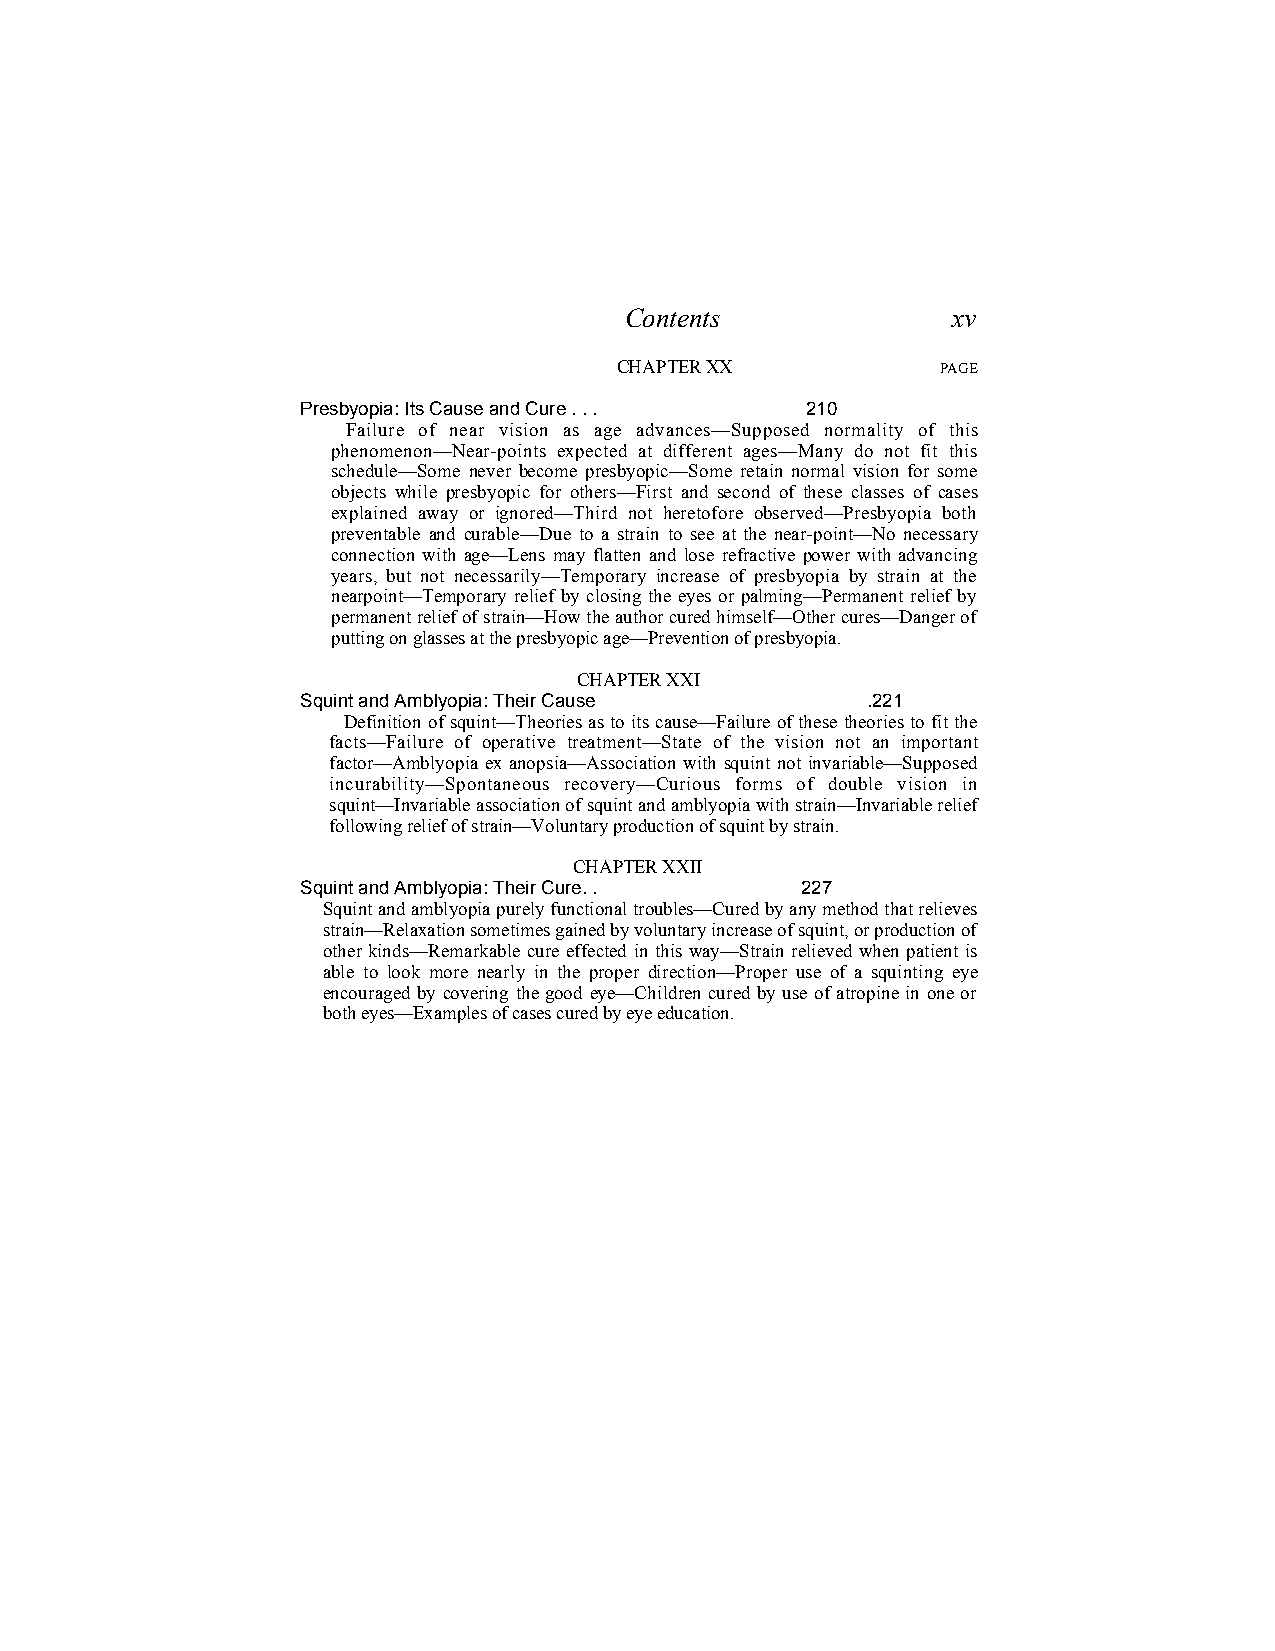
Contents              xv
 CHAPTER XX           PAGE
 Presbyopia: Its Cause and Cure . . . 210
 Failure of near vision as age advances—Supposed normality of this
 phenomenon—Near-points expected at different ages—Many do not fit this
 schedule—Some never become presbyopic—Some retain normal vision for some
 objects while presbyopic for others—First and second of these classes of cases
 explained away or ignored—Third not heretofore observed—Presbyopia both
 preventable and curable—Due to a strain to see at the near-point—No necessary
 connection with age—Lens may flatten and lose refractive power with advancing
 years, but not necessarily—Temporary increase of presbyopia by strain at the
 nearpoint—Temporary relief by closing the eyes or palming—Permanent relief by
 permanent relief of strain—How the author cured himself—Other cures—Danger of
 putting on glasses at the presbyopic age—Prevention of presbyopia.
 CHAPTER XXI
 Squint and Amblyopia: Their Cause    .221
 Definition of squint—Theories as to its cause—Failure of these theories to fit the
 facts—Failure of operative treatment—State of the vision not an important
 factor—Amblyopia ex anopsia—Association with squint not invariable—Supposed
 incurability—Spontaneous recovery—Curious forms of double vision in
 squint—Invariable association of squint and amblyopia with strain—Invariable relief
 following relief of strain—Voluntary production of squint by strain.
 CHAPTER XXII
 Squint and Amblyopia: Their Cure. . 227
 Squint and amblyopia purely functional troubles—Cured by any method that relieves
 strain—Relaxation sometimes gained by voluntary increase of squint, or production of
 other kinds—Remarkable cure effected in this way—Strain relieved when patient is
 able to look more nearly in the proper direction—Proper use of a squinting eye
 encouraged by covering the good eye—Children cured by use of atropine in one or
 both eyes—Examples of cases cured by eye education.